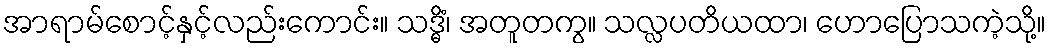
အာရာမ်စောင့်နှင့်လည်းကောင်း။ သဒ္ဓိံ၊ အတူတကွ။ သလ္လပတိယထာ၊ ဟောပြောသကဲ့သို့။